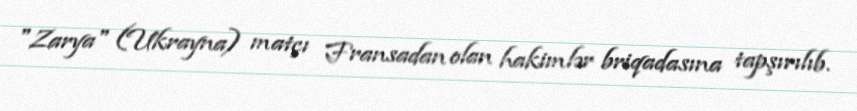
"Zarya" (Ukrayna) matçı Fransadan olan hakimlər briqadasına tapşırılıb.